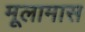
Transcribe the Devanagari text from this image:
मूलामास